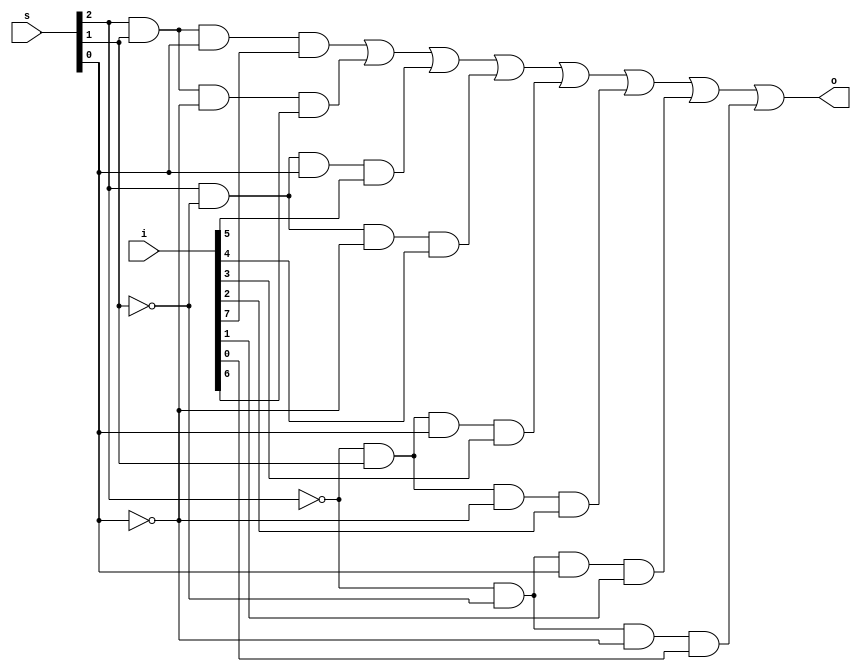
`timescale 1ns / 1ps
//////////////////////////////////////////////////////////////////////////////////
// Company: 
// Engineer: 
// 
// Design Name: 
// Module Name:    mux_81_dataflow 
// Project Name: 
// Target Devices: 
// Tool versions: 
// Description: 
//
// Dependencies: 
//
// Revision: 
// Revision 0.01 - File Created
// Additional Comments: 
//
//////////////////////////////////////////////////////////////////////////////////
module mux_81_dataflow(o, i, s);
	input [7:0]i;
	input [2:0]s;
	output o;
	
	assign o = s[2]&s[1]&s[0]&i[7] | s[2]&s[1]&~s[0]&i[6] | s[2]&~s[1]&s[0]&i[5] | s[2]&~s[1]&~s[0]&i[4] | ~s[2]&s[1]&s[0]&i[3] | ~s[2]&s[1]&~s[0]&i[2] | ~s[2]&~s[1]&s[0]&i[1] | ~s[2]&~s[1]&~s[0]&i[0] ;

endmodule